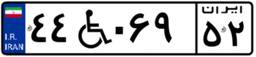
۴۴W۰۶۹۵۲